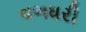
વળધરી